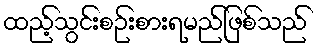
ထည့်သွင်းစဉ်းစားရမည်ဖြစ်သည်